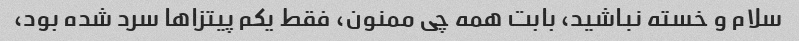
سلام و خسته نباشید، بابت همه چی ممنون، فقط یکم پیتزا‌ها سرد شده بود،